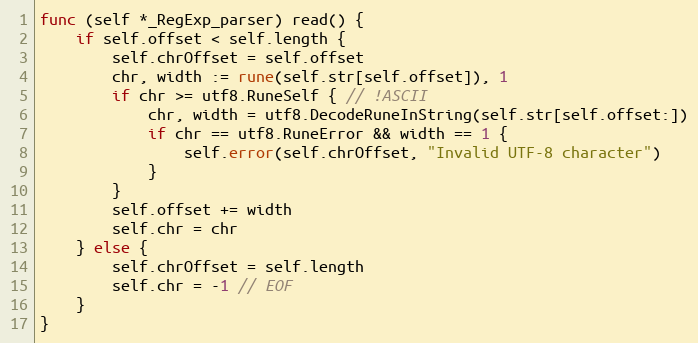
Language: Go
func (self *_RegExp_parser) read() {
	if self.offset < self.length {
		self.chrOffset = self.offset
		chr, width := rune(self.str[self.offset]), 1
		if chr >= utf8.RuneSelf { // !ASCII
			chr, width = utf8.DecodeRuneInString(self.str[self.offset:])
			if chr == utf8.RuneError && width == 1 {
				self.error(self.chrOffset, "Invalid UTF-8 character")
			}
		}
		self.offset += width
		self.chr = chr
	} else {
		self.chrOffset = self.length
		self.chr = -1 // EOF
	}
}